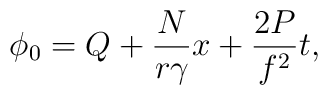
\phi_0 =  Q +\frac{N}{r{\gamma}} x + {\frac{2P}{f^2}}t,